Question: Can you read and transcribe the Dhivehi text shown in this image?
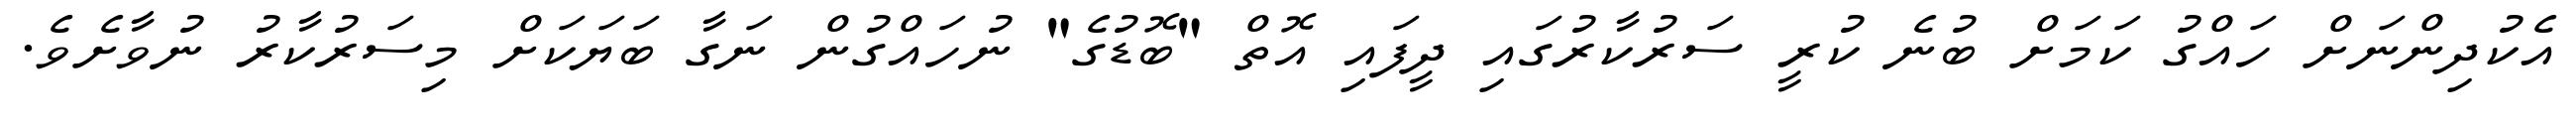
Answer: އެކުދިންނަށް ހައްގު ކަމަށް ބުނެ ކުރީ ސަރުކާރުގައި ދީފައި އޮތް "ބޮޑުގެ" ނުހައްގުން ނަގާ ބަޔަކަށް މިސަރުކާރު ނުވާށެވެ.